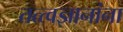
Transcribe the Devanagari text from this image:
तत्त्वज्ञानांना